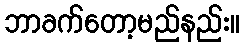
ဘာခက်တော့မည်နည်း။